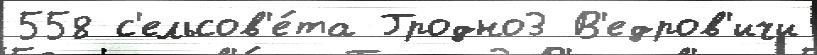
558 с'ельсов'е́та Гродно3 В'едров'ичи